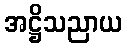
အဋ္ဌိသညာယ